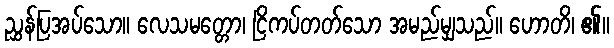
ညွှန်ပြအပ်သော။ လေသမတ္တော၊ ငြိကပ်တတ်သော အမည်မျှသည်။ ဟောတိ၊ ၏။